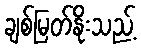
ချစ်မြတ်နိုးသည့်